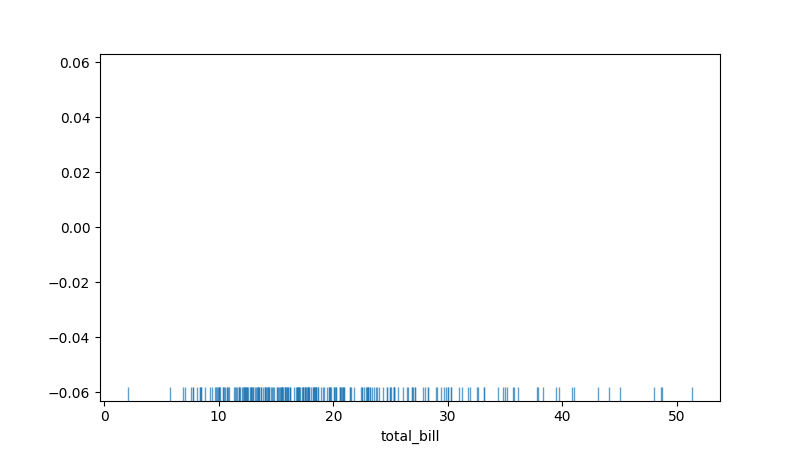
python, seaborn, rugplot, height=0.04, axis='x', alpha=0.7